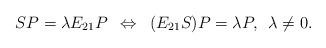
LaTeX: \begin{align*}SP = \lambda E_{21}P\enskip \Leftrightarrow \enskip (E_{21} S)P = \lambda P, \enskip \lambda \neq 0.\end{align*}